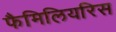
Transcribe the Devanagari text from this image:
फैमिलियरिस